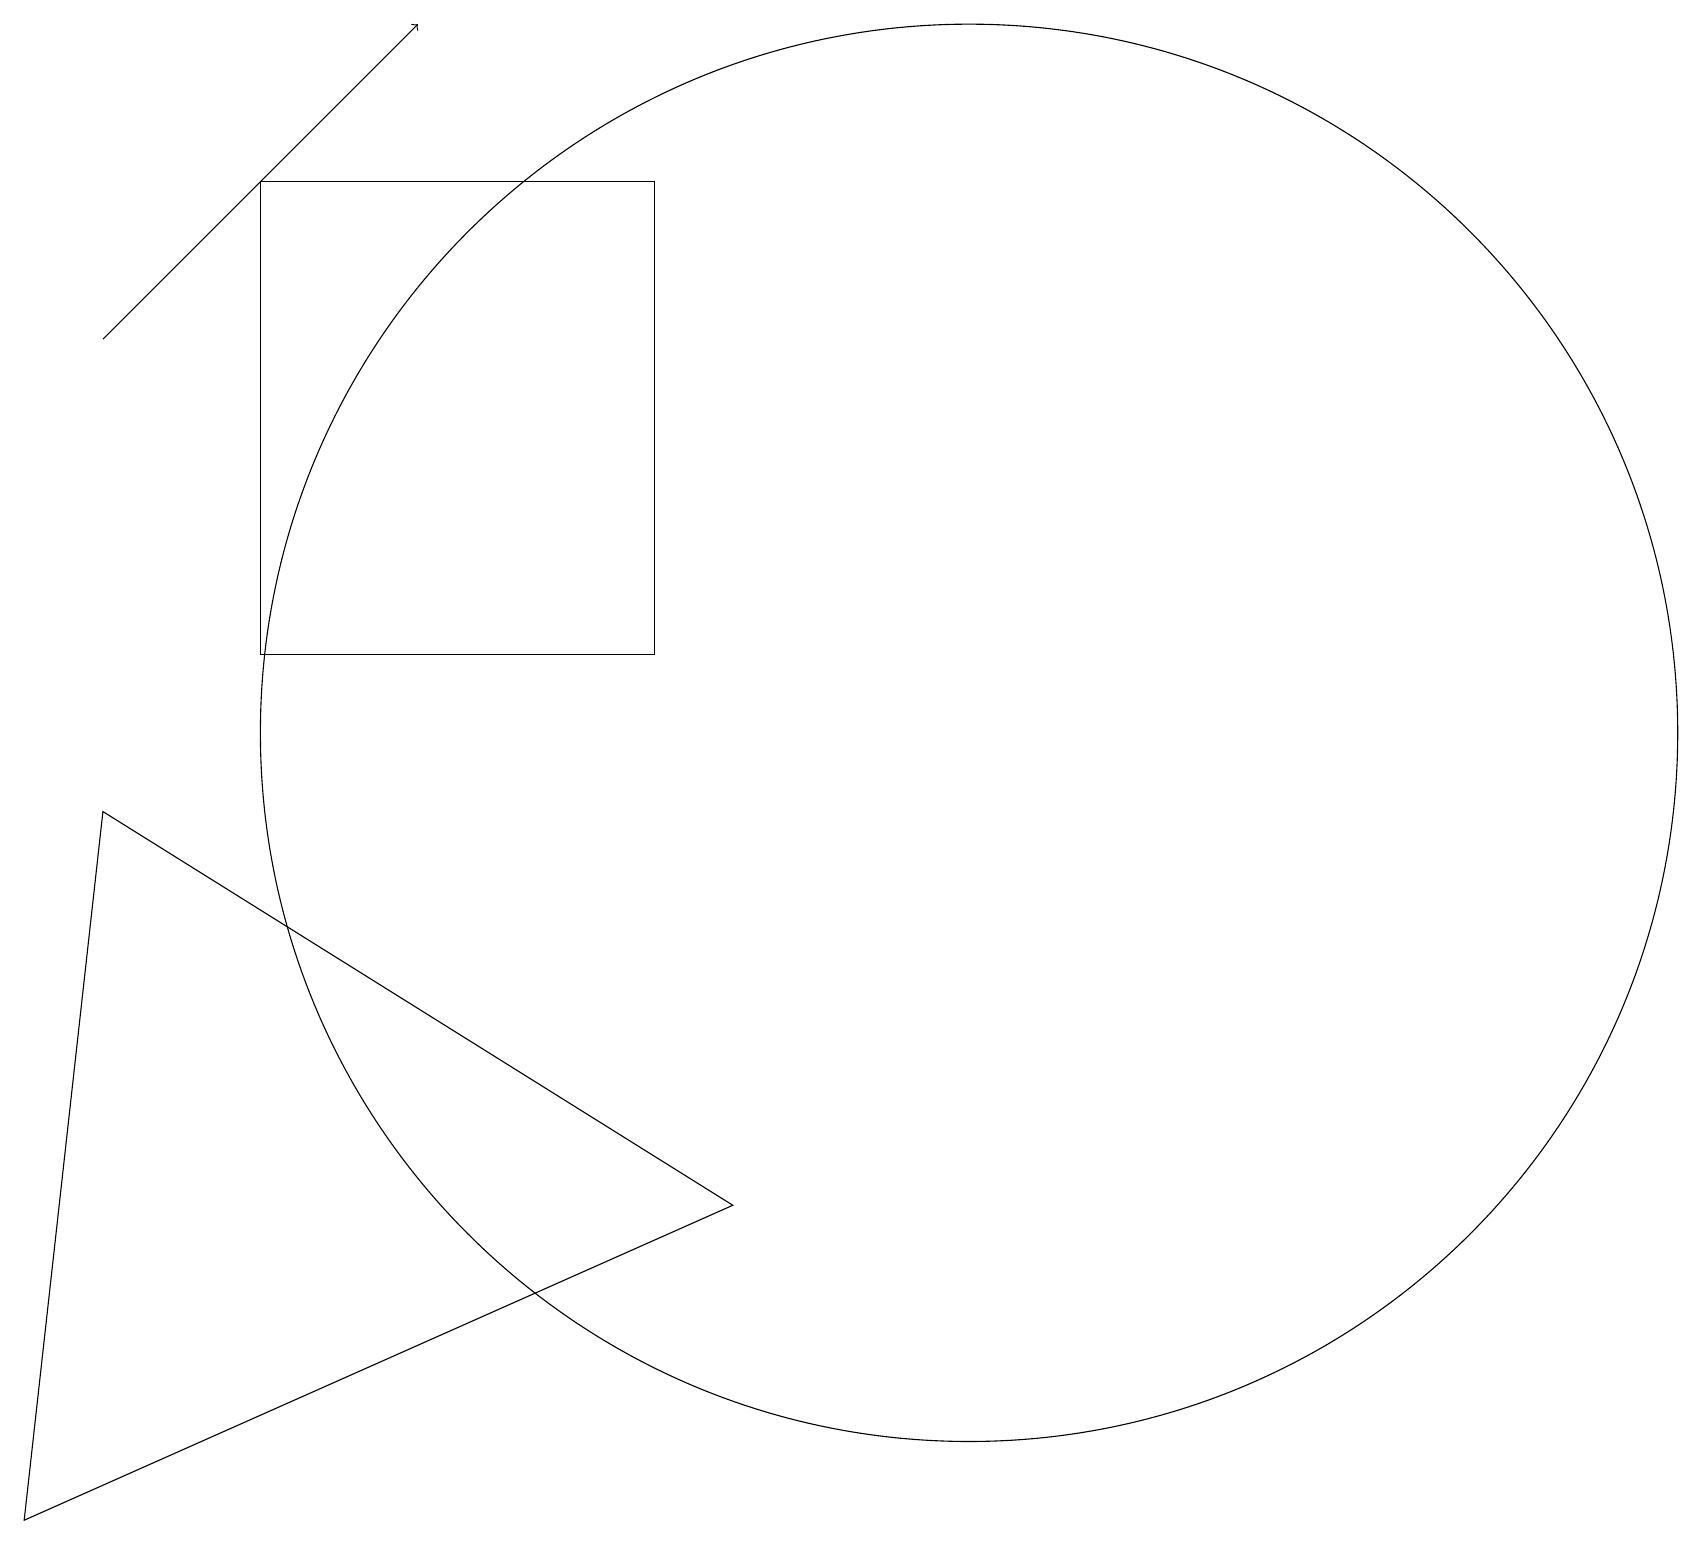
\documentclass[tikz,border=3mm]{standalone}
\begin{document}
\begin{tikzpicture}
\draw[->] (1,15) -- (5,19);
\draw (9,4) -- (1,9) -- (0,0) -- cycle;
\draw (12,10) circle (9);
\draw (3,17) rectangle (8,11);
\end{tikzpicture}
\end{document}